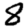
Digit: 8